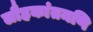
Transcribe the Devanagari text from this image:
लौहकांतमणि